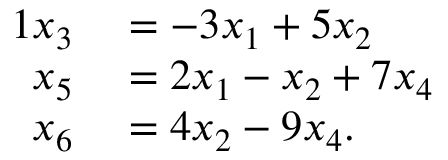
\begin{array} { r l } { { 1 } x _ { 3 } } & { { } = - 3 x _ { 1 } + 5 x _ { 2 } } \\ { x _ { 5 } } & { { } = 2 x _ { 1 } - x _ { 2 } + 7 x _ { 4 } } \\ { x _ { 6 } } & { { } = 4 x _ { 2 } - 9 x _ { 4 } . } \end{array}